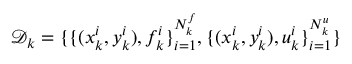
\mathcal { D } _ { k } = \{ \{ ( x _ { k } ^ { i } , y _ { k } ^ { i } ) , f _ { k } ^ { i } \} _ { i = 1 } ^ { N _ { k } ^ { f } } , \{ ( x _ { k } ^ { i } , y _ { k } ^ { i } ) , u _ { k } ^ { i } \} _ { i = 1 } ^ { N _ { k } ^ { u } } \}